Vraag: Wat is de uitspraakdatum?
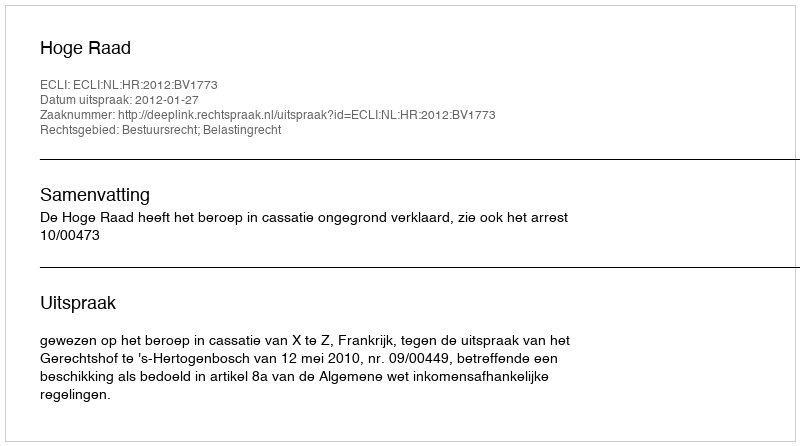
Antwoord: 2012-01-27